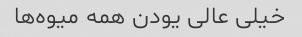
خیلی عالی یودن همه میوه‌ها